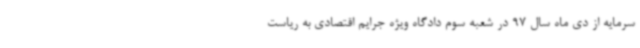
سرمایه از دی ماه سال 97 در شعبه سوم دادگاه ویژه جرایم اقتصادی به ریاست